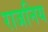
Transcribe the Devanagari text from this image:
राजनिय